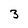
Character: 3